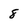
Character: 8